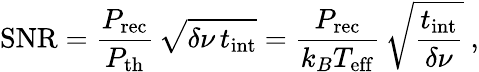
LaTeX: \mathrm{SNR}=\frac{P_{\mathrm{rec}}}{P_{\mathrm{th}}}\, \sqrt{\delta\nu\, t_{\mathrm{int}}}=\frac{P_{\mathrm{rec}}}{k_{B}T_{\mathrm{eff}}}\, \sqrt{\frac{t_{\mathrm{int}}}{\delta\nu}}~,